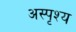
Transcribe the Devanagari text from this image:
अस्‍पृश्य